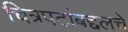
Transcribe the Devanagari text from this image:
चित्रपटांबद्दलचे